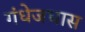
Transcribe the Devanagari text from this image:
गंधेजघास